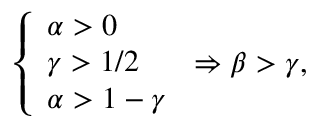
\begin{array} { r } { \left\{ \begin{array} { l l } { \alpha > 0 } \\ { \gamma > 1 / 2 } \\ { \alpha > 1 - \gamma } \end{array} \right. \Rightarrow \beta > \gamma , } \end{array}